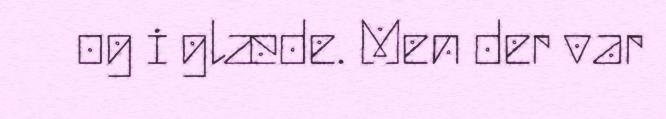
og i glæde. Men der var